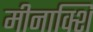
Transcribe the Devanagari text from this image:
मीनाक्शि